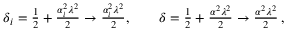
\begin{array} { r } { \delta _ { i } = { \frac { 1 } { 2 } } + { \frac { \alpha _ { i } ^ { 2 } \lambda ^ { 2 } } { 2 } } \to { \frac { \alpha _ { i } ^ { 2 } \lambda ^ { 2 } } { 2 } } , \quad \quad \delta = { \frac { 1 } { 2 } } + { \frac { \alpha ^ { 2 } \lambda ^ { 2 } } { 2 } } \to { \frac { \alpha ^ { 2 } \lambda ^ { 2 } } { 2 } } \, , } \end{array}